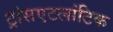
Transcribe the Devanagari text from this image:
ट्रांसएटलांटिक